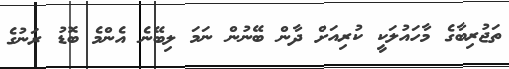
ތަޖުރިބާގެ މާހައުލަކީ ކުރިއަށް ދާން ބޭނުން ނަމަ ލިބޭނެ އެންމެ ބޮޑު ރަނުގެ